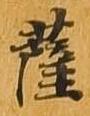
薩